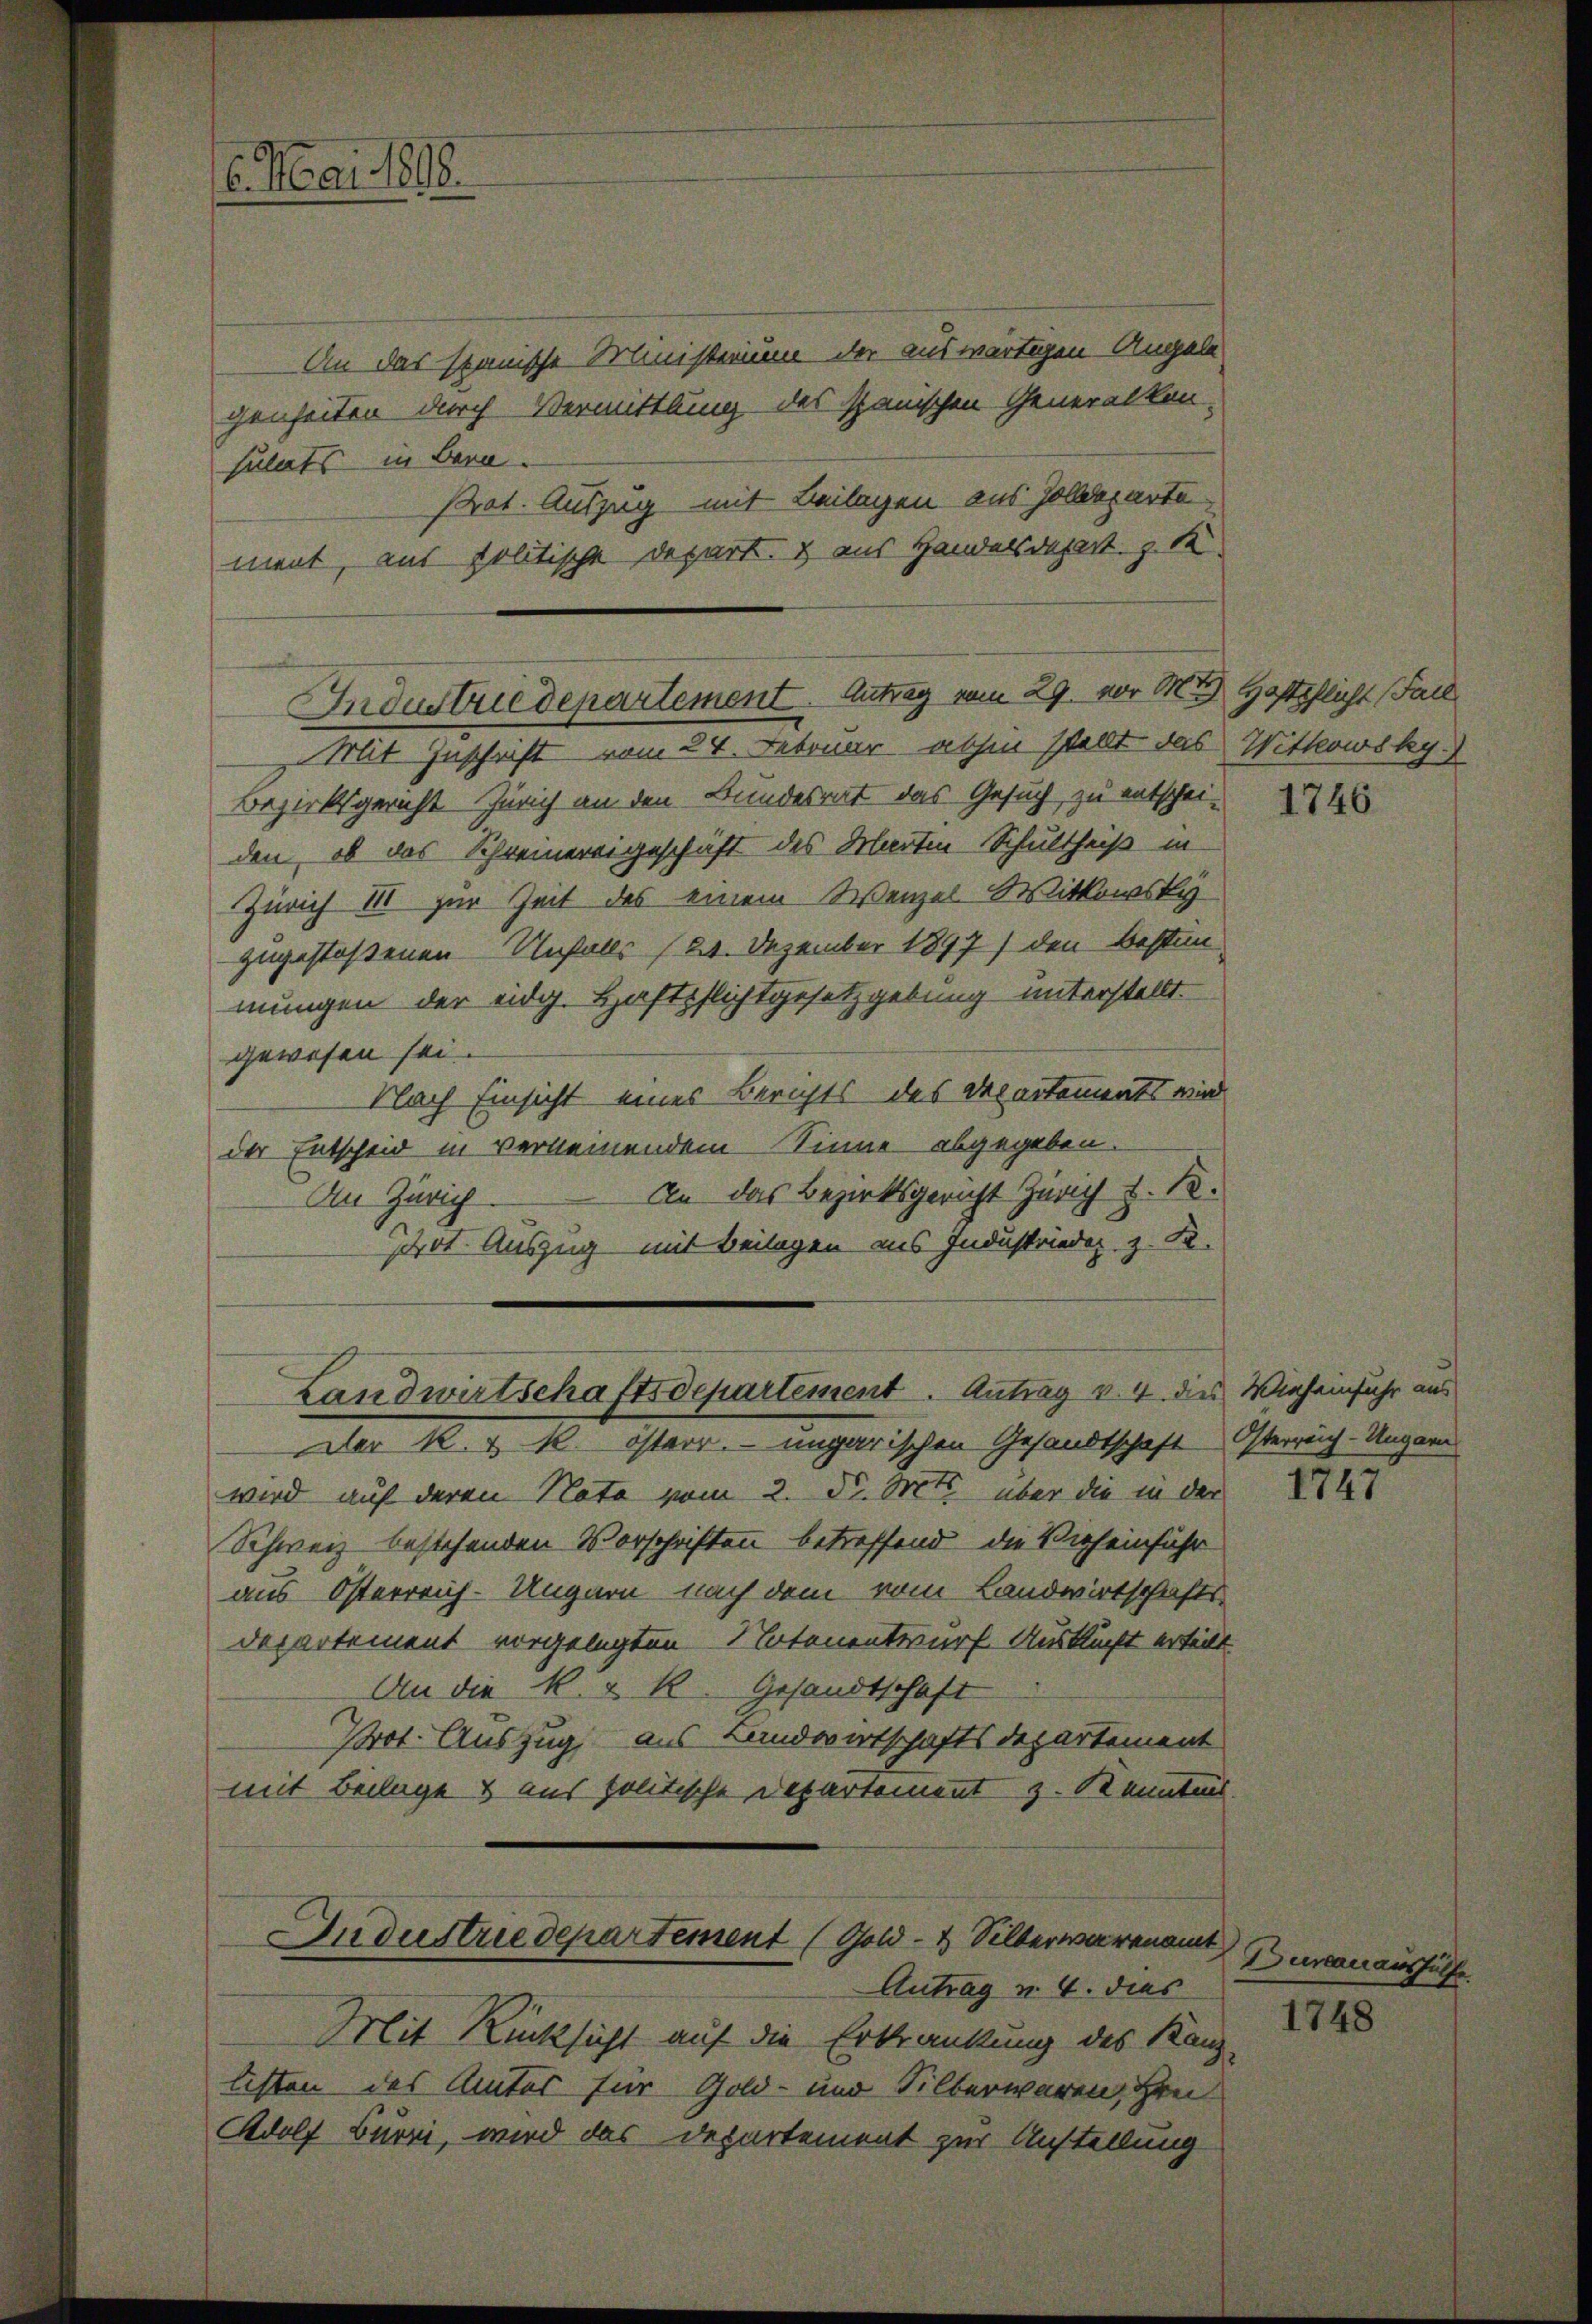
6. Mai 1898.

An das stanische Ministerium der auswärtigen Angele
genheiten durch Vermittlung des spanischen Generalkon-
sulats in Bern.
Prot. Auszug mit Beilagen aus Zolldeparte
ment, aus politische Depart. 2 aus Handelsdepart z. R.
Bezirksgericht Zürich an den Bundesrat das Gesuch zu entschei-
den, ob das Schreinereigeschaft des Martin Schultheß in
Zürich III zur Zeit des einem Wenzel Witkowsky
zugestoßenen Unfalls (24. Dezember 1897) den Bestim
mungen der eidg. Haftpflichtgesetzgebung unterstellt.
gewesen sei.
Flach Einsicht eines Berichts des Departements wird
der Entscheid in verleinendem Sinne abgegeben.
An Zürich. An das Bezirksgericht Zürich z. B.
Pot. Auszug mit Beilagen aus Industriedig, z. B.

Industriedepartement. Antrag vom 29. vor M. Haftpflicht Fall
Mit Zuschrift vom 24. Februar abhin stellt das Witkowsky.)

Landwirtschaftsdepartement. Antrag v. 4. dies Vieheinfuhr aus
ler k. k. österr. ungarischen Gesandtschaft Osterreich-Ungarn

Industriedepartement (Gold- & Silberwarenamt
Antrag u. 4. dies

wird auf deren Note vom 2. d. Mts. über die in der
Schweiz bestehenden Vorschriften betreffend die Vieheinführ
aus Osterreich-Ungarn nach dem vom Landwirtschafts-
Departement vorgelegten Notenentwurf Auskunft erteilt
An die k. k. k. Gesandtschaft
Prot. Auszug aus Landwirtschaftsdepartement
mit Beilage & aus politische Departement z. Kenntnis

Mit Rücksicht auf die Erkrankung des Kanz-
listen des Amtes für Gold- und Silberwaren, Hrn
Adolf Burri, wird das Departement zur Anstellung

1746

1747

Durcanaushülfe

1748